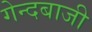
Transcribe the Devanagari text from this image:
गेन्दबाजी